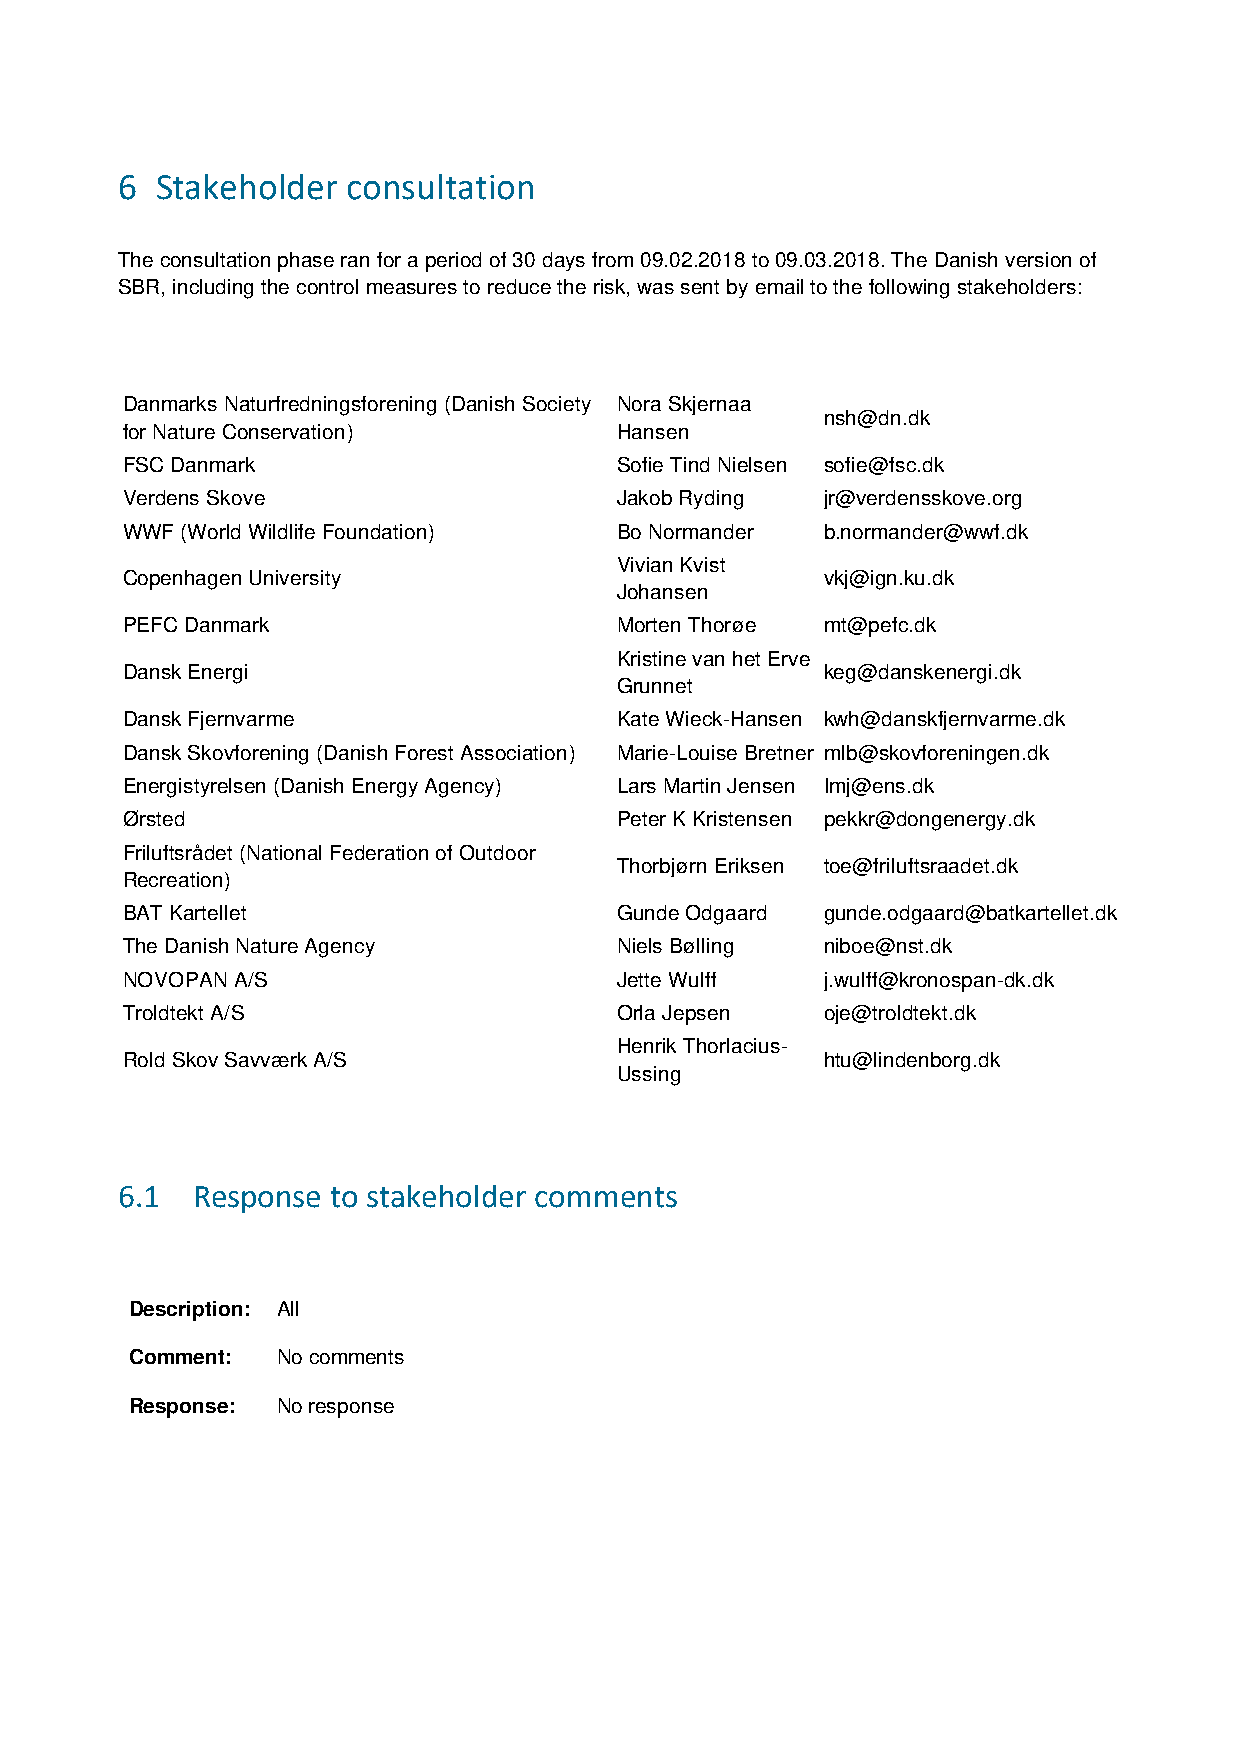
6 Stakeholder  consultation
 The consultation phase ran for a period of 30 days from 09.02.2018 to 09.03.2018. The Danish version of
 SBR, including the control measures to reduce the risk, was sent by email to the following stakeholders:
 Danmarks Naturfredningsforening (Danish Society Nora Skjernaa
 nsh@dn.dk
 for Nature Conservation)         Hansen
 FSC Danmark                      Sofie Tind Nielsen sofie@fsc.dk
 Verdens Skove                    Jakob Ryding  jr@verdensskove.org
 WWF (World Wildlife Foundation)  Bo Normander  b.normander@wwf.dk
 Vivian Kvist
 Copenhagen University                          vkj@ign.ku.dk
 Johansen
 PEFC Danmark                     Morten Thorøe mt@pefc.dk
 Kristine van het Erve
 Dansk Energi                                   keg@danskenergi.dk
 Grunnet
 Dansk Fjernvarme                 Kate Wieck-Hansen kwh@danskfjernvarme.dk
 Dansk Skovforening (Danish Forest Association) Marie-Louise Bretner mlb@skovforeningen.dk
 Energistyrelsen (Danish Energy Agency) Lars Martin Jensen Imj@ens.dk
 Ørsted                           Peter K Kristensen pekkr@dongenergy.dk
 Friluftsrådet (National Federation of Outdoor
 Thorbjørn Eriksen toe@friluftsraadet.dk
 Recreation)
 BAT Kartellet                    Gunde Odgaard gunde.odgaard@batkartellet.dk
 The Danish Nature Agency         Niels Bølling niboe@nst.dk
 NOVOPAN A/S                      Jette Wulff   j.wulff@kronospan-dk.dk
 Troldtekt A/S                    Orla Jepsen   oje@troldtekt.dk
 Henrik Thorlacius-
 Rold Skov Savværk A/S                          htu@lindenborg.dk
 Ussing
 6.1  Response to stakeholder comments
 Description: All
 Comment: No comments
 Response: No response